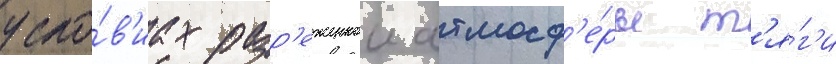
усло́в'иах разр'еженнои атмосф'е́ры т'я́г'и